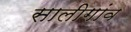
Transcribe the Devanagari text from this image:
सालीगांव